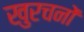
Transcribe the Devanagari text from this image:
खुरचनों